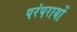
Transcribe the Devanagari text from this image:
परंपरायों